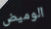
الوميض